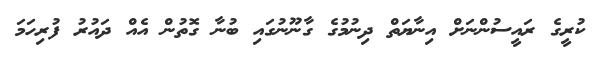
ކުރީގެ ރައީސުންނަށް އިނާޔަތް ދިނުމުގެ ގާނޫނުގައި ބުނާ ގޮތުން އެއް ދައުރު ފުރިހަމަ